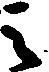
之